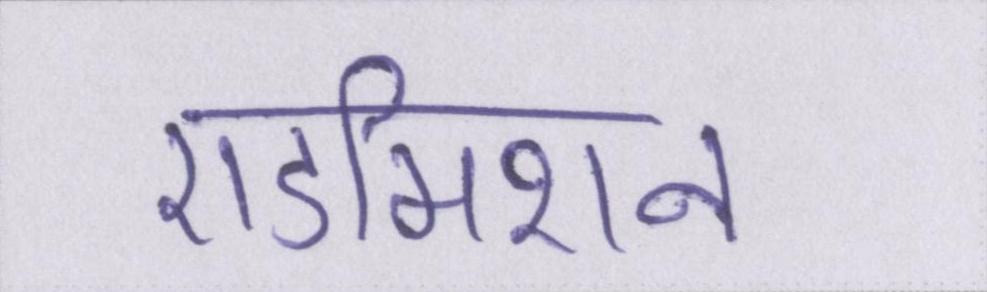
एडमिशन